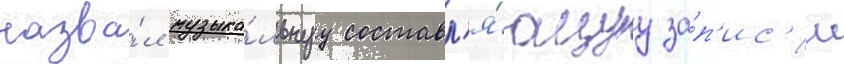
назва́л музыка́льнуу составл'я́ющуу за́п'ис'и